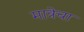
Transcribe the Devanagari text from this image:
मात्रेचा